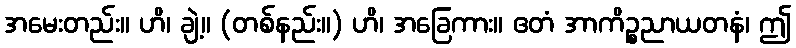
အမေးတည်း။ ဟိ၊ ချဲ့။ (တစ်နည်း။) ဟိ၊ အခြေကား။ ဧတံ အာကိဉ္စညာယတနံ၊ ဤ